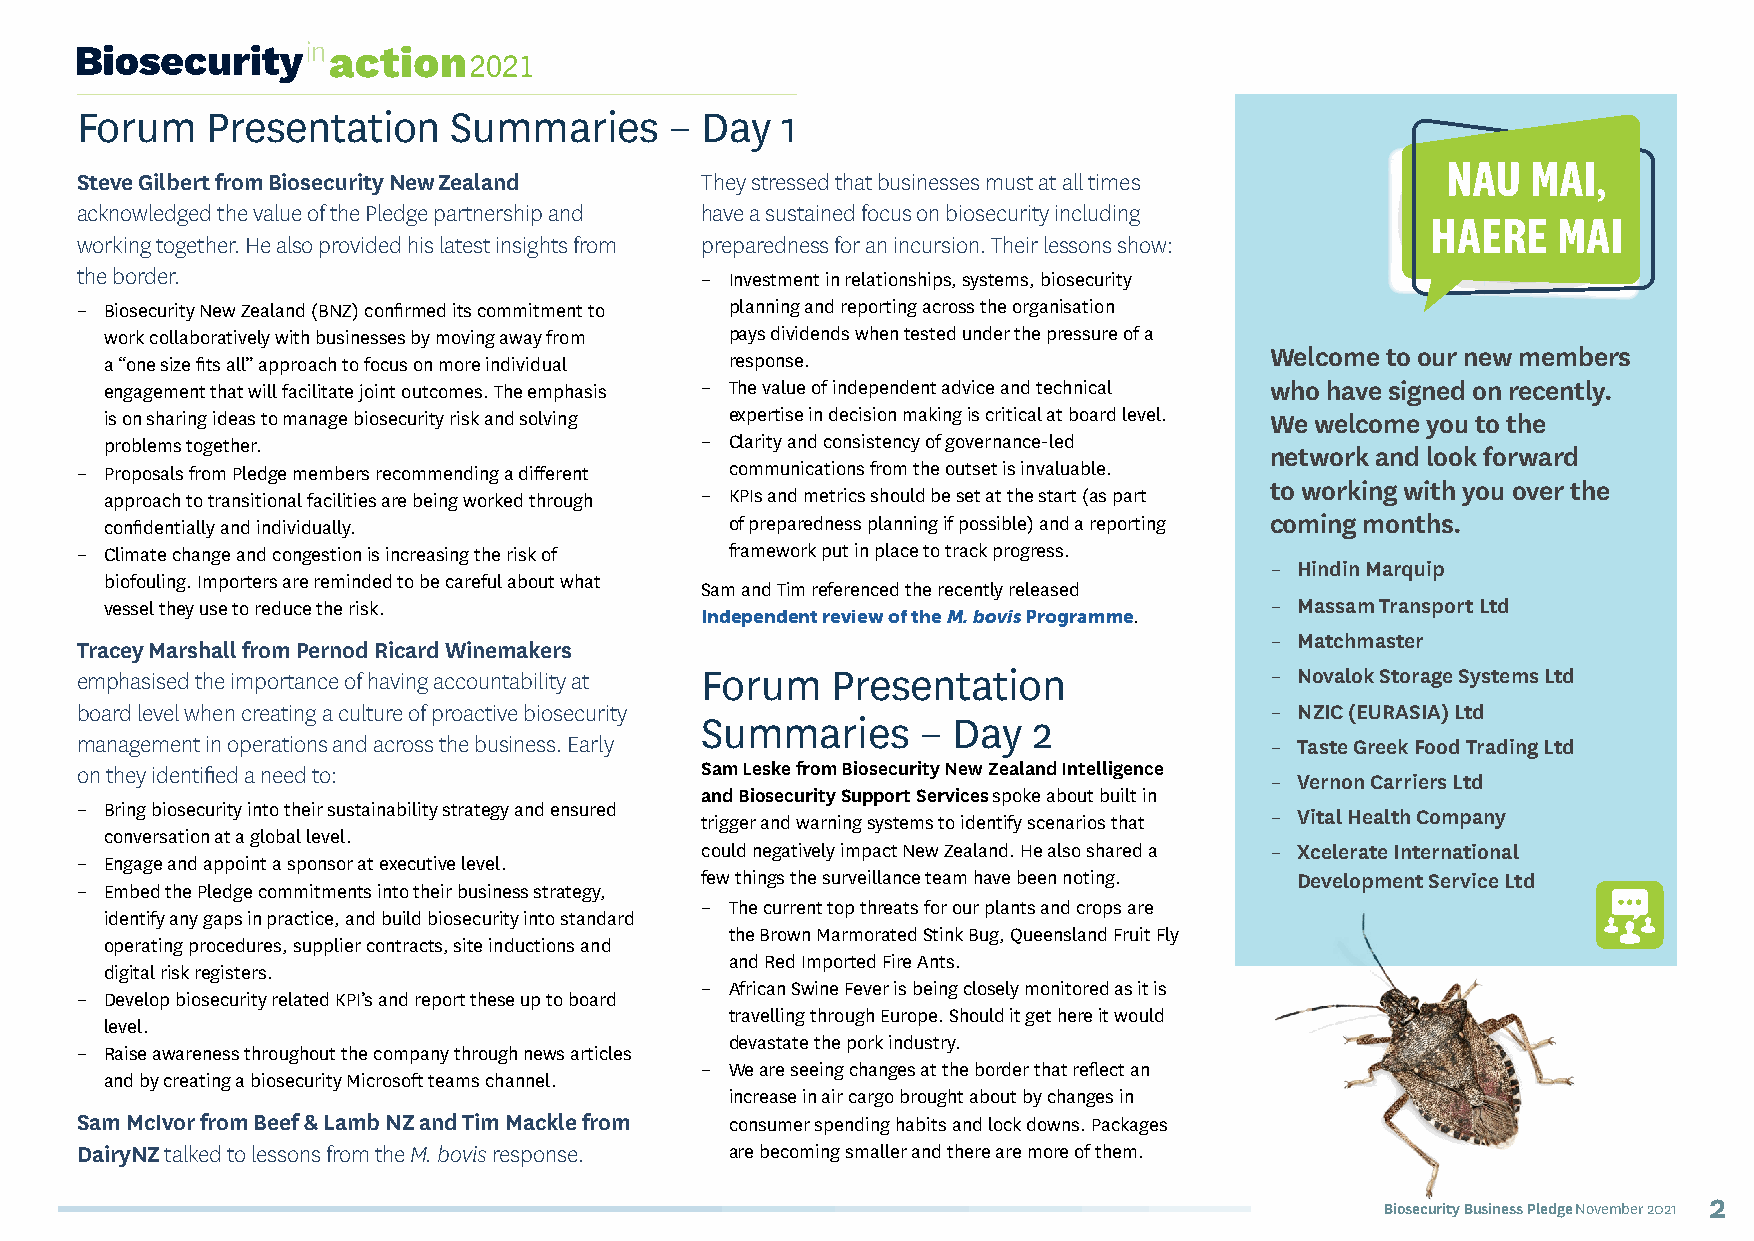
Forum    Presentation    Summaries     – Day   1
 NAU  MAI,
 Steve Gilbert from Biosecurity New Zealand They stressed that businesses must at all times
 acknowledged the value of the Pledge partnership and have a sustained focus on biosecurity including
 HAERE   MAI
 working together. He also provided his latest insights from preparedness for an incursion. Their lessons show:
 the border.                              – Investment in relationships, systems, biosecurity
 – Biosecurity New Zealand (BNZ) confirmed its commitment to planning and reporting across the organisation
 work collaboratively with businesses by moving away from pays dividends when tested under the pressure of a
 Welcome to our new members
 a “one size fits all” approach to focus on more individual response.
 engagement that will facilitate joint outcomes. The emphasis – The value of independent advice and technical who have signed on recently.
 is on sharing ideas to manage biosecurity risk and solving expertise in decision making is critical at board level. We welcome you to the
 problems together.                     – Clarity and consistency of governance-led
 network and look forward
 – Proposals from Pledge members recommending a different communications from the outset is invaluable.
 to working with you over the
 approach to transitional facilities are being worked through – KPIs and metrics should be set at the start (as part
 confidentially and individually.         of preparedness planning if possible) and a reporting coming months.
 – Climate change and congestion is increasing the risk of framework put in place to track progress.
 – Hindin Marquip
 biofouling. Importers are reminded to be careful about what
 Sam and Tim referenced the recently released
 vessel they use to reduce the risk.                                          – Massam Transport Ltd
 Independent review of the M. bovis Programme.
 – Matchmaster
 Tracey Marshall from Pernod Ricard Winemakers
 emphasised the importance of having accountability at Forum Presentation       – Novalok Storage Systems Ltd
 board level when creating a culture of proactive biosecurity                   – NZIC (EURASIA) Ltd
 Summaries      – Day  2
 management in operations and across the business. Early                        – Taste Greek Food Trading Ltd
 on they identified a need to:            Sam Leske from Biosecurity New Zealand Intelligence
 – Vernon Carriers Ltd
 and Biosecurity Support Services spoke about built in
 – Bring biosecurity into their sustainability strategy and ensured             – Vital Health Company
 trigger and warning systems to identify scenarios that
 conversation at a global level.
 could negatively impact New Zealand. He also shared a – Xcelerate International
 – Engage and appoint a sponsor at executive level.
 few things the surveillance team have been noting. Development Service Ltd
 – Embed the Pledge commitments into their business strategy,
 – The current top threats for our plants and crops are
 identify any gaps in practice, and build biosecurity into standard
 the Brown Marmorated Stink Bug, Queensland Fruit Fly
 operating procedures, supplier contracts, site inductions and
 and Red Imported Fire Ants.
 digital risk registers.
 – African Swine Fever is being closely monitored as it is
 – Develop biosecurity related KPI’s and report these up to board
 travelling through Europe. Should it get here it would
 level.
 devastate the pork industry.
 – Raise awareness throughout the company through news articles
 – We are seeing changes at the border that reflect an
 and by creating a biosecurity Microsoft teams channel.
 increase in air cargo brought about by changes in
 Sam McIvor from Beef & Lamb NZ and Tim Mackle from consumer spending habits and lock downs. Packages
 DairyNZ talked to lessons from the M. bovis response. are becoming smaller and there are more of them.
 2
 Biosecurity Business Pledge November 2021